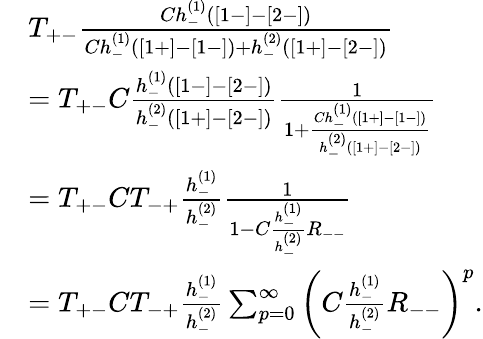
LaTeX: \begin{array}{rl}&{T_{+-}\frac{Ch_{-}^{(1)}([1-]-[2-])}{Ch_{-}^{(1)}([1+]-[1-])+h_{-}^{(2)}([1+]-[2-])}}\\ &{=T_{+-}C\frac{h_{-}^{(1)}([1-]-[2-])}{h_{-}^{(2)}([1+]-[2-])}\frac{1}{1+\frac{Ch_{-}^{(1)}([1+]-[1-])}{h_{-}^{(2)}([1+]-[2-])}}}\\ &{=T_{+-}CT_{-+}\frac{h_{-}^{(1)}}{h_{-}^{(2)}}\frac{1}{1-C\frac{h_{-}^{(1)}}{h_{-}^{(2)}}R_{--}}}\\ &{=T_{+-}CT_{-+}\frac{h_{-}^{(1)}}{h_{-}^{(2)}}\sum_{p=0}^{\infty}\left(C\frac{h_{-}^{(1)}}{h_{-}^{(2)}}R_{--}\right)^{p}.}\end{array}